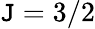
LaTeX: \mathtt{J}=3/2